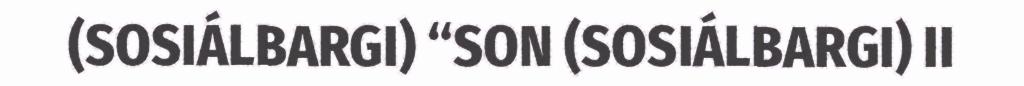
(SOSIÁLBARGI) “SON (SOSIÁLBARGI) II